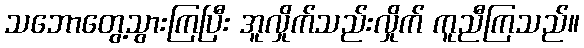
သဘောတွေ့သွားကြပြီး အူလှိုက်သည်းလှိုက် ကူညီကြသည်။